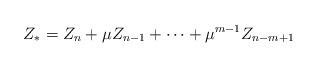
LaTeX: \begin{align*}Z_{*}=Z_{n}+\mu Z_{n-1}+\cdots+\mu^{m-1}Z_{n-m+1}\end{align*}